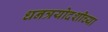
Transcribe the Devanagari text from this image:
धनत्रयोदशीच्या